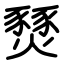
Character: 燹